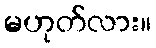
မဟုတ်လား။